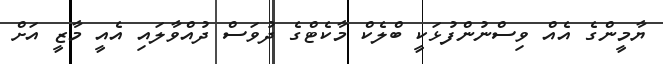
ޔާމީންގެ އެއް ވިސްނުންފުޅަކީ ބްލެކް މާކެޓްގެ ދުވަސް ދުއްވާލައި އެއީ މާޒީ އަށް